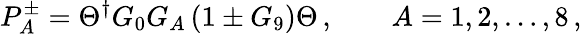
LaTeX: P_{A}^{\pm}=\Theta^{\dagger}G_{0}G_{A}\left(1\pm G_{9}\right)\Theta\, ,\qquad A=1,2,\dots,8\, ,